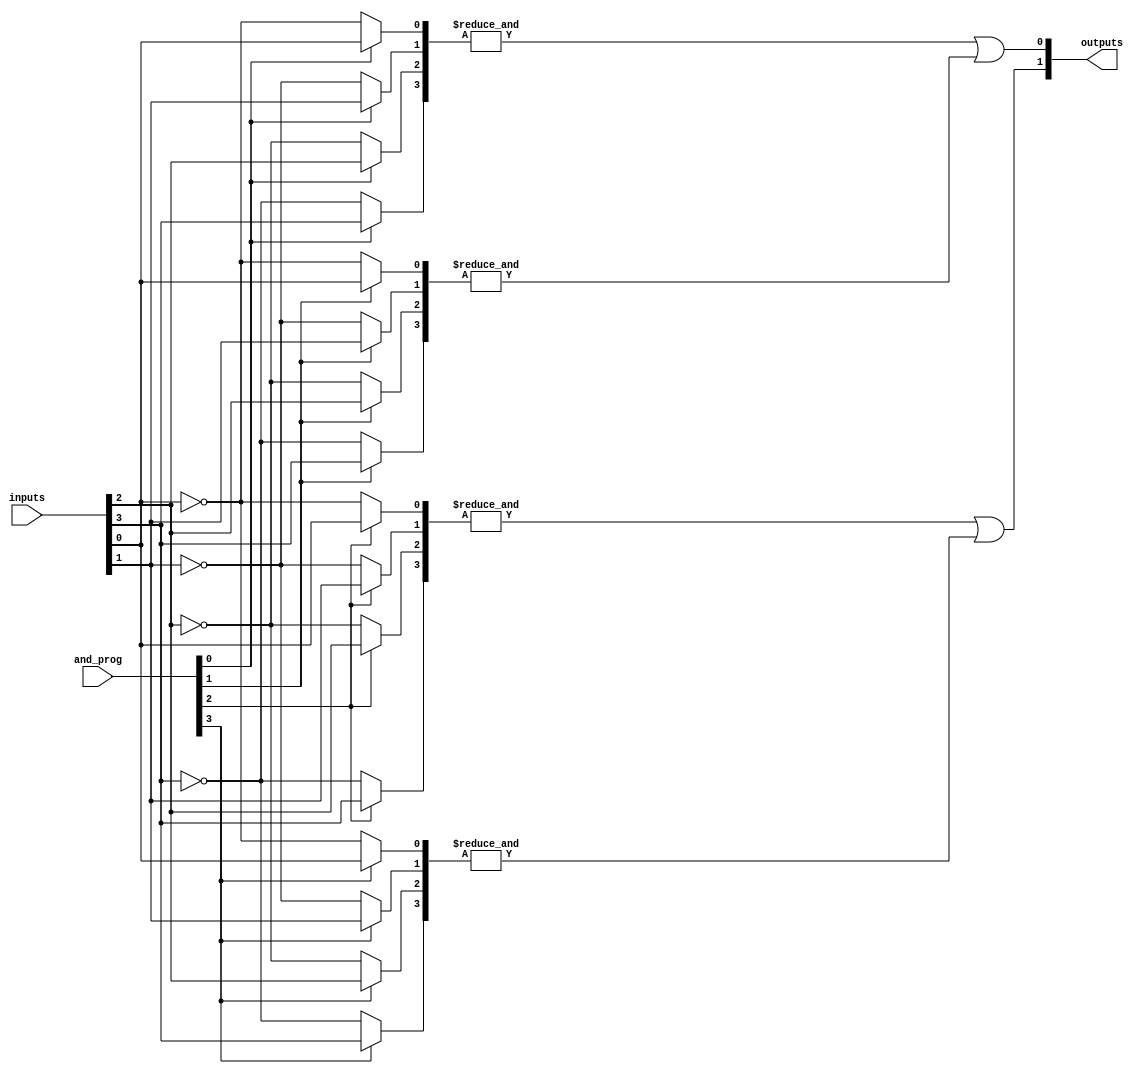
module SPAL #(parameter n = 4,        // Number of input lines
              parameter m = 4,        // Number of AND gates
              parameter p = 2)        // Number of OR gates
(
    input wire [n-1:0] inputs,       // Input lines
    input wire [m-1:0] and_prog,      // Programming signals for AND gates (1: connect input, 0: connect inverted input)
    output wire [p-1:0] outputs       // Output lines
);

// Internal signals for AND gate outputs
wire [m-1:0] and_outputs;

// Programmable AND array
genvar i, j;
generate
    for (i = 0; i < m; i = i + 1) begin : and_array
        wire [n-1:0] and_inputs;
        
        // Connect inputs to AND gates based on programming signals
        for (j = 0; j < n; j = j + 1) begin : input_selection
            assign and_inputs[j] = (and_prog[i] == 1'b1) ? inputs[j] : ~inputs[j];
        end
        
        // AND gate logic
        assign and_outputs[i] = &and_inputs; // AND operation
    end
endgenerate

// Fixed OR array
assign outputs[0] = and_outputs[0] | and_outputs[1]; // OR gate 1
assign outputs[1] = and_outputs[2] | and_outputs[3]; // OR gate 2
// Additional OR gates can be added as needed

endmodule